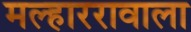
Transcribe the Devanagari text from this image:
मल्हाररावाला